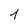
Character: 1